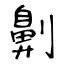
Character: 劓